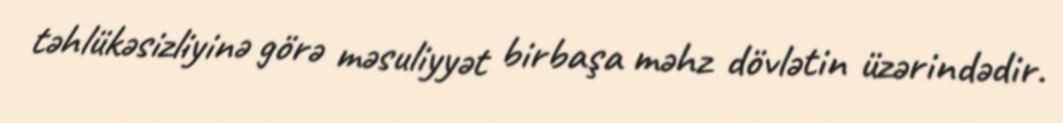
təhlükəsizliyinə görə məsuliyyət birbaşa məhz dövlətin üzərindədir.